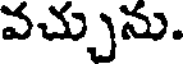
వచ్చును.